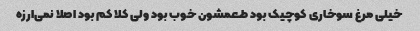
خیلی مرغ سوخاری کوچیک بود طعمشون خوب بود ولی کلا کم بود اصلا نمی‌ارزه